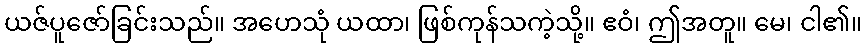
ယဇ်ပူဇော်ခြင်းသည်။ အဟေသုံ ယထာ၊ ဖြစ်ကုန်သကဲ့သို့။ ဧဝံ၊ ဤအတူ။ မေ၊ ငါ၏။